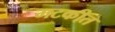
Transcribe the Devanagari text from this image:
मटकीत